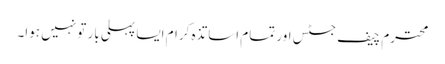
محترم چیف جسٹس اور تمام اساتذہ کرام ایسا پہلی بار تو نہیں ہوا۔